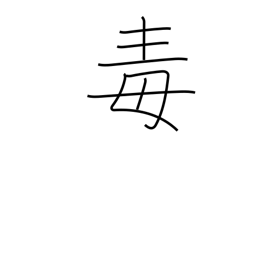
Meaning: spite